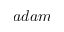
a d a m